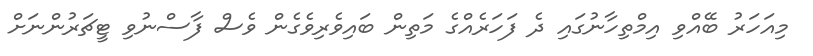
މިއަހަރު ބޭއްވި އިމްތިހާނުގައި ދެ ފަހަރެއްގެ މަތިން ބައިވެރިވެގެން ވެސް ފާސްނުވި ޓީޗަރުންނަށް